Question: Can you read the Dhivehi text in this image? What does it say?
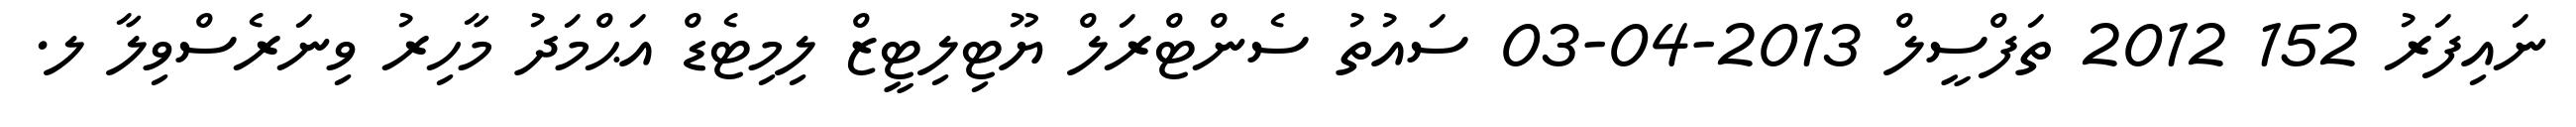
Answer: ނައިފަރު 152 2012 ތަފްސީލް 2013-04-03 ސައުތު ސެންޓްރަލް ޔޫޓިލިޓީޒް ލިމިޓެޑް އަޙްމަދު މާހިރު ވިނަރެސްވިލާ ލ.